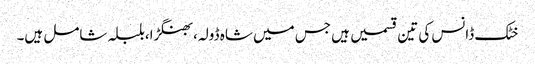
خٹک ڈانس کی تین قسمیں ہیں جس میں شاہ ڈولہ،بھنگڑا،بلبلہ شامل ہیں۔